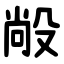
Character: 㲂